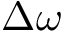
\Delta \omega